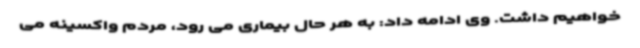
خواهیم داشت. وی ادامه داد: به هر حال بیماری می رود، مردم واکسینه می